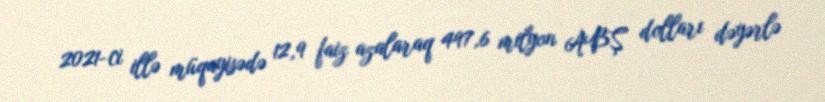
2021-ci illə müqayisədə 12,9 faiz azalaraq 497,6 milyon ABŞ dolları dəyərlə